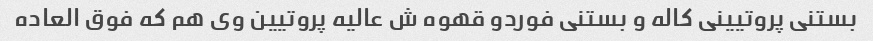
بستنی پروتیینی کاله و بستنی فوردو قهوه ش عالیه پروتیین وی هم که فوق العاده